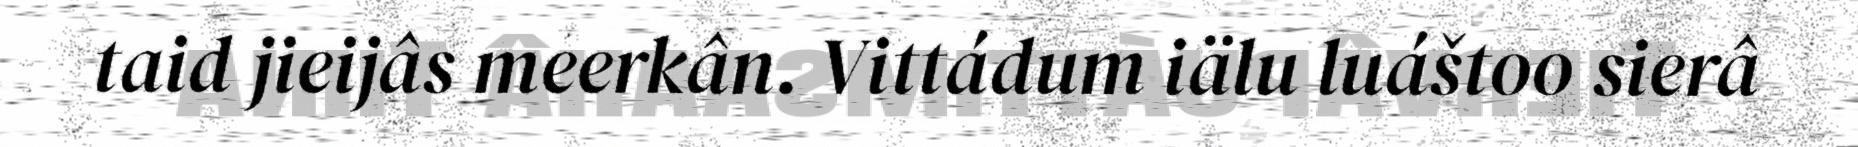
taid jieijâs meerkân. Vittádum iälu luáštoo sierâ